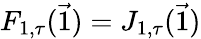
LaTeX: F_{1,\tau}(\vec{1})=J_{1,\tau}(\vec{1})